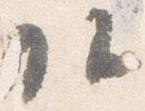
頭